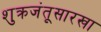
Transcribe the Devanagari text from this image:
शुक्रजंतूसारखा